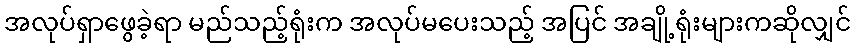
အလုပ်ရှာဖွေခဲ့ရာ မည်သည့်ရုံးက အလုပ်မပေးသည့် အပြင် အချို့ရုံးများကဆိုလျှင်